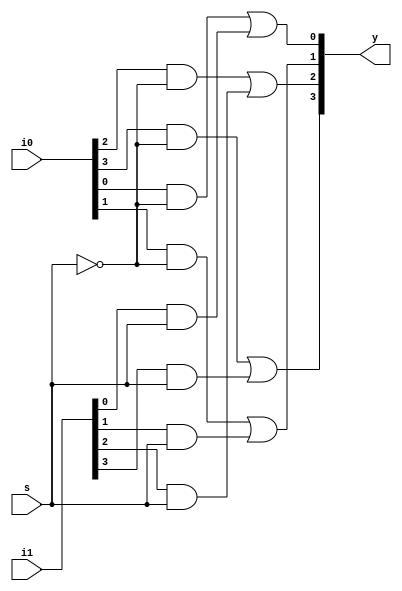
`timescale 1ns/1ns

module MUX2to1_w4(output [3:0] y, input [3:0] i0, i1, input s);

  wire [3:0] e0, e1;
  not ad13(sn, s);
  
  and ad1(e0[0], i0[0], sn);
  and ad2(e0[1], i0[1], sn);
  and ad3(e0[2], i0[2], sn);
  and ad4(e0[3], i0[3], sn);
      
  and ad5(e1[0], i1[0], s);
  and ad6(e1[1], i1[1], s);
  and ad7(e1[2], i1[2], s);
  and ad8(e1[3], i1[3], s);
  
  or ad9(y[0], e0[0], e1[0]);
  or ad10(y[1], e0[1], e1[1]);
  or ad11(y[2], e0[2], e1[2]);
  or ad12(y[3], e0[3], e1[3]);
  
endmodule